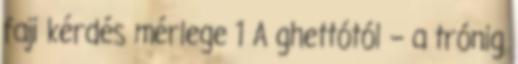
faji kérdés mérlege 1 A ghettótól – a trónig